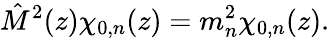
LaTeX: \hat{M}^{2}(z)\chi_{0,n}(z)=m_{n}^{2}\chi_{0,n}(z).